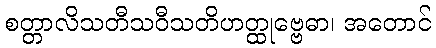
စတ္တာလိသတီသဝီသတိဟတ္ထုဗ္ဗေဓာ၊ အတောင်